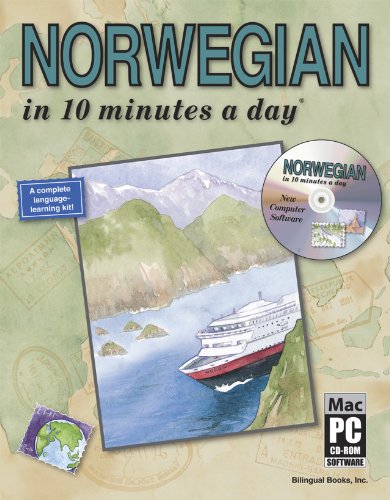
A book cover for NORWEGIAN in 10 minutes a dayÂ® with CD-ROM; Kristine K. Kershul; Travel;